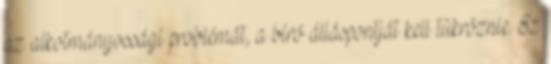
az alkotmányossági problémát, a bíró álláspontját kell tükröznie. Ez